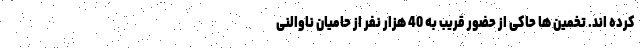
کرده اند. تخمین ها حاکی از حضور قریب به 40 هزار نفر از حامیان ناوالنی